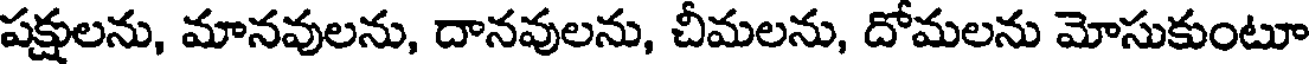
పక్షులను, మానవులను, దానవులను, చీమలను, దోమలను మోసుకుంటూ